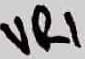
Text: VR1